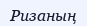
Ризаның